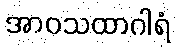
အာဝသထာဂါရံ